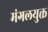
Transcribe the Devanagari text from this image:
मंगलयुक्त